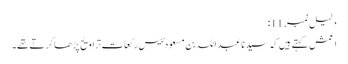
دلیل نمبر 11:
اعمش کہتے ہیں کہ سید نا عبد اللہ بن مسعود ؓ بیس رکعات تراویح پڑھا کرتے تھے۔